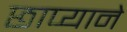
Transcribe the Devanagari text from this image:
छाप्याने